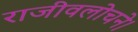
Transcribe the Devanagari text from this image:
राजीवलोचने।